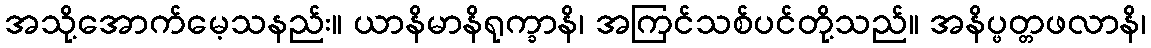
အသို့အောက်မေ့သနည်း။ ယာနိမာနိရုက္ခာနိ၊ အကြင်သစ်ပင်တို့သည်။ အနိပ္ဖတ္တဖလာနိ၊